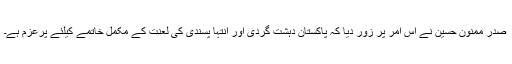
صدر ممنون حسین نے اس امر پر زور دیا کہ پاکستان دہشت گردی اور انتہا پسندی کی لعنت کے مکمل خاتمے کیلئے پرعزم ہے۔